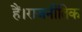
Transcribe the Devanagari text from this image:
हैं।राजनीतिक